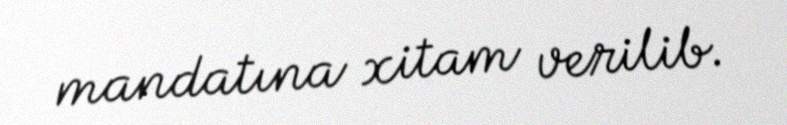
mandatına xitam verilib.